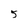
Character: 5